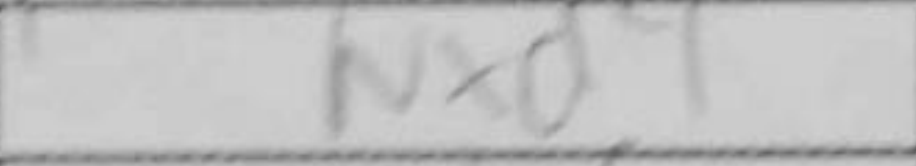
Transcription: Nxd4